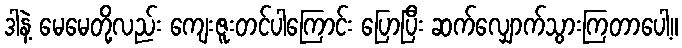
ဒါနဲ့ မေမေတို့လည်း ကျေးဇူးတင်ပါကြောင်း ပြောပြီး ဆက်လျှောက်သွားကြတာပေါ့။